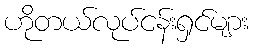
ဟိုတယ်လုပ်ငန်းရှင်များ